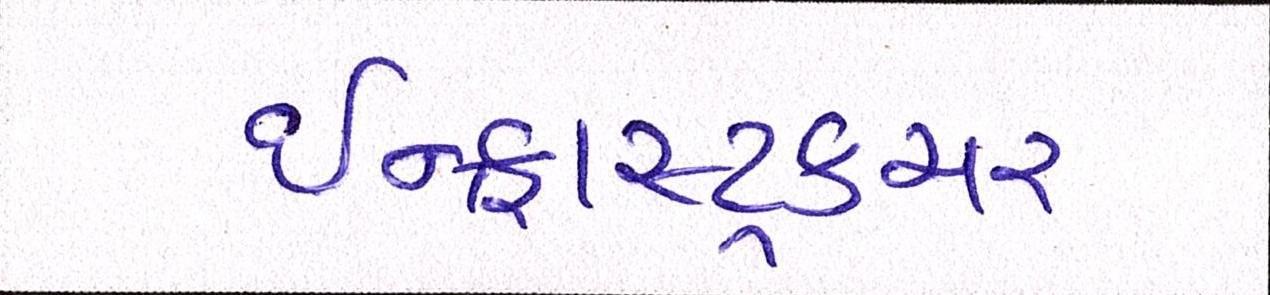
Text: ઇન્ફ્રાસ્ટ્રકચર